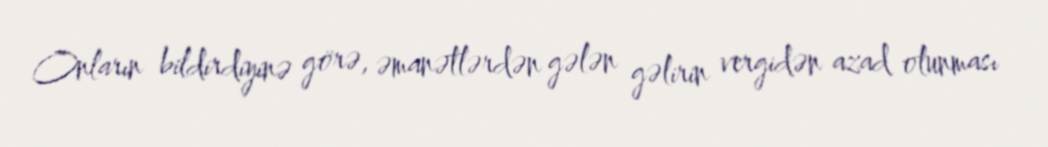
Onların bildirdiyinə görə, əmanətlərdən gələn gəlirin vergidən azad olunması